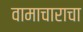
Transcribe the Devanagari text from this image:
वामाचाराचा